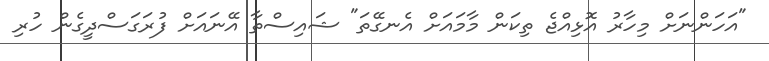
"އަހަންނަށް މިހާރު އޮޅިއްޖެ ތިކަން މާމައަށް އެނގޭތަ" ޝައިސްތާ އޭނައަށް ފުރަގަސްދީގެން ހުރި